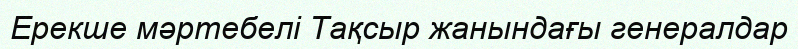
Ерекше мәртебелі Тақсыр жанындағы генералдар